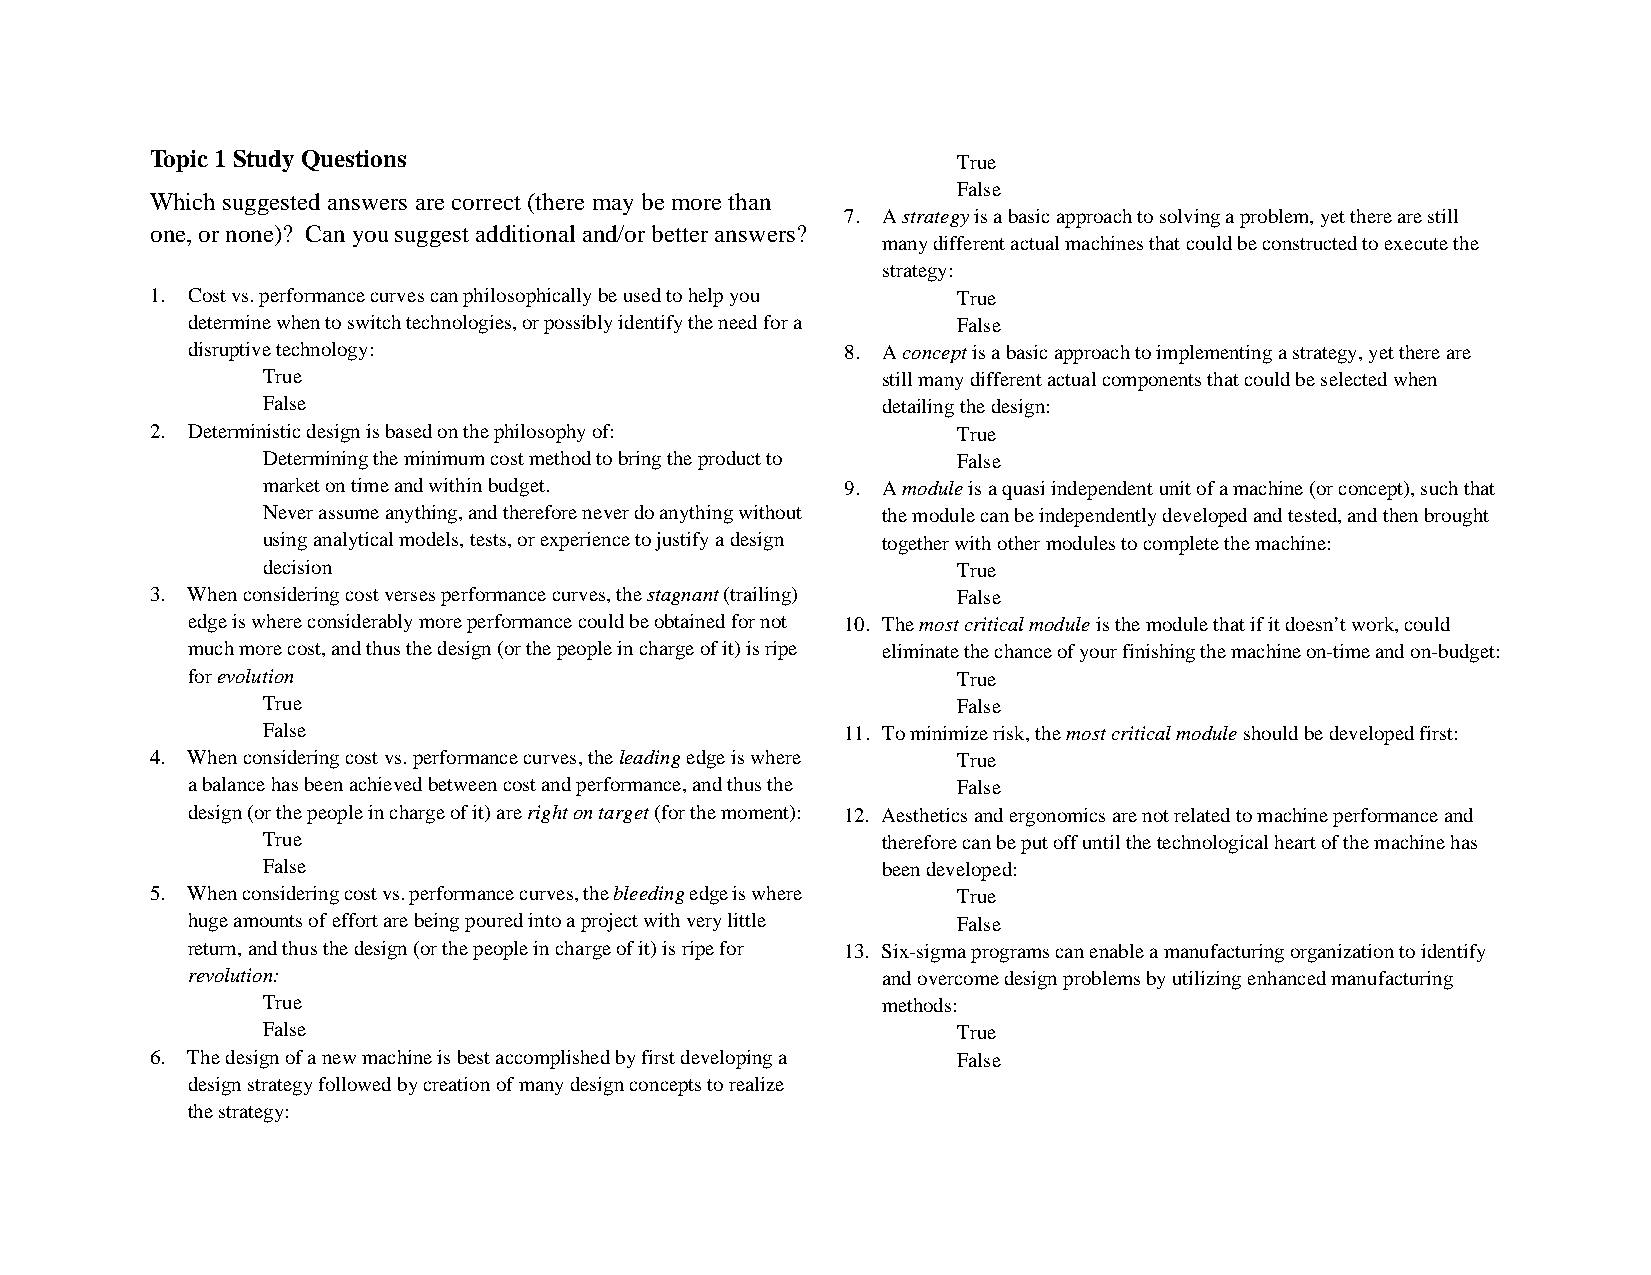
Topic 1 Study Questions                              True
 False
 Which suggested answers are correct (there may be more than
 7. A strategy is a basic approach to solving a problem, yet there are still
 one, or none)? Can you suggest additional and/or better answers?
 many different actual machines that could be constructed to execute the
 strategy:
 1. Cost vs. performance curves can philosophically be used to help you True
 determine when to switch technologies, or possibly identify the need for a False
 disruptive technology:                      8. A concept is a basic approach to implementing a strategy, yet there are
 True                                     still many different actual components that could be selected when
 False                                    detailing the design:
 2. Deterministic design is based on the philosophy of: True
 Determining the minimum cost method to bring the product to False
 market on time and within budget.      9. A module is a quasi independent unit of a machine (or concept), such that
 Never assume anything, and therefore never do anything without the module can be independently developed and tested, and then brought
 using analytical models, tests, or experience to justify a design together with other modules to complete the machine:
 decision                                      True
 3. When considering cost verses performance curves, the stagnant (trailing) False
 edge is where considerably more performance could be obtained for not 10. The most critical module is the module that if it doesn’t work, could
 much more cost, and thus the design (or the people in charge of it) is ripe eliminate the chance of your finishing the machine on-time and on-budget:
 for evolution                                      True
 True                                          False
 False                                  11. To minimize risk, the most critical module should be developed first:
 4. When considering cost vs. performance curves, the leading edge is where True
 a balance has been achieved between cost and performance, and thus the False
 design (or the people in charge of it) are right on target (for the moment): 12. Aesthetics and ergonomics are not related to machine performance and
 True                                     therefore can be put off until the technological heart of the machine has
 False                                    been developed:
 5. When considering cost vs. performance curves, the bleeding edge is where True
 huge amounts of effort are being poured into a project with very little False
 return, and thus the design (or the people in charge of it) is ripe for 13. Six-sigma programs can enable a manufacturing organization to identify
 revolution:                                   and overcome design problems by utilizing enhanced manufacturing
 True                                     methods:
 False                                         True
 6. The design of a new machine is best accomplished by first developing a False
 design strategy followed by creation of many design concepts to realize
 the strategy: